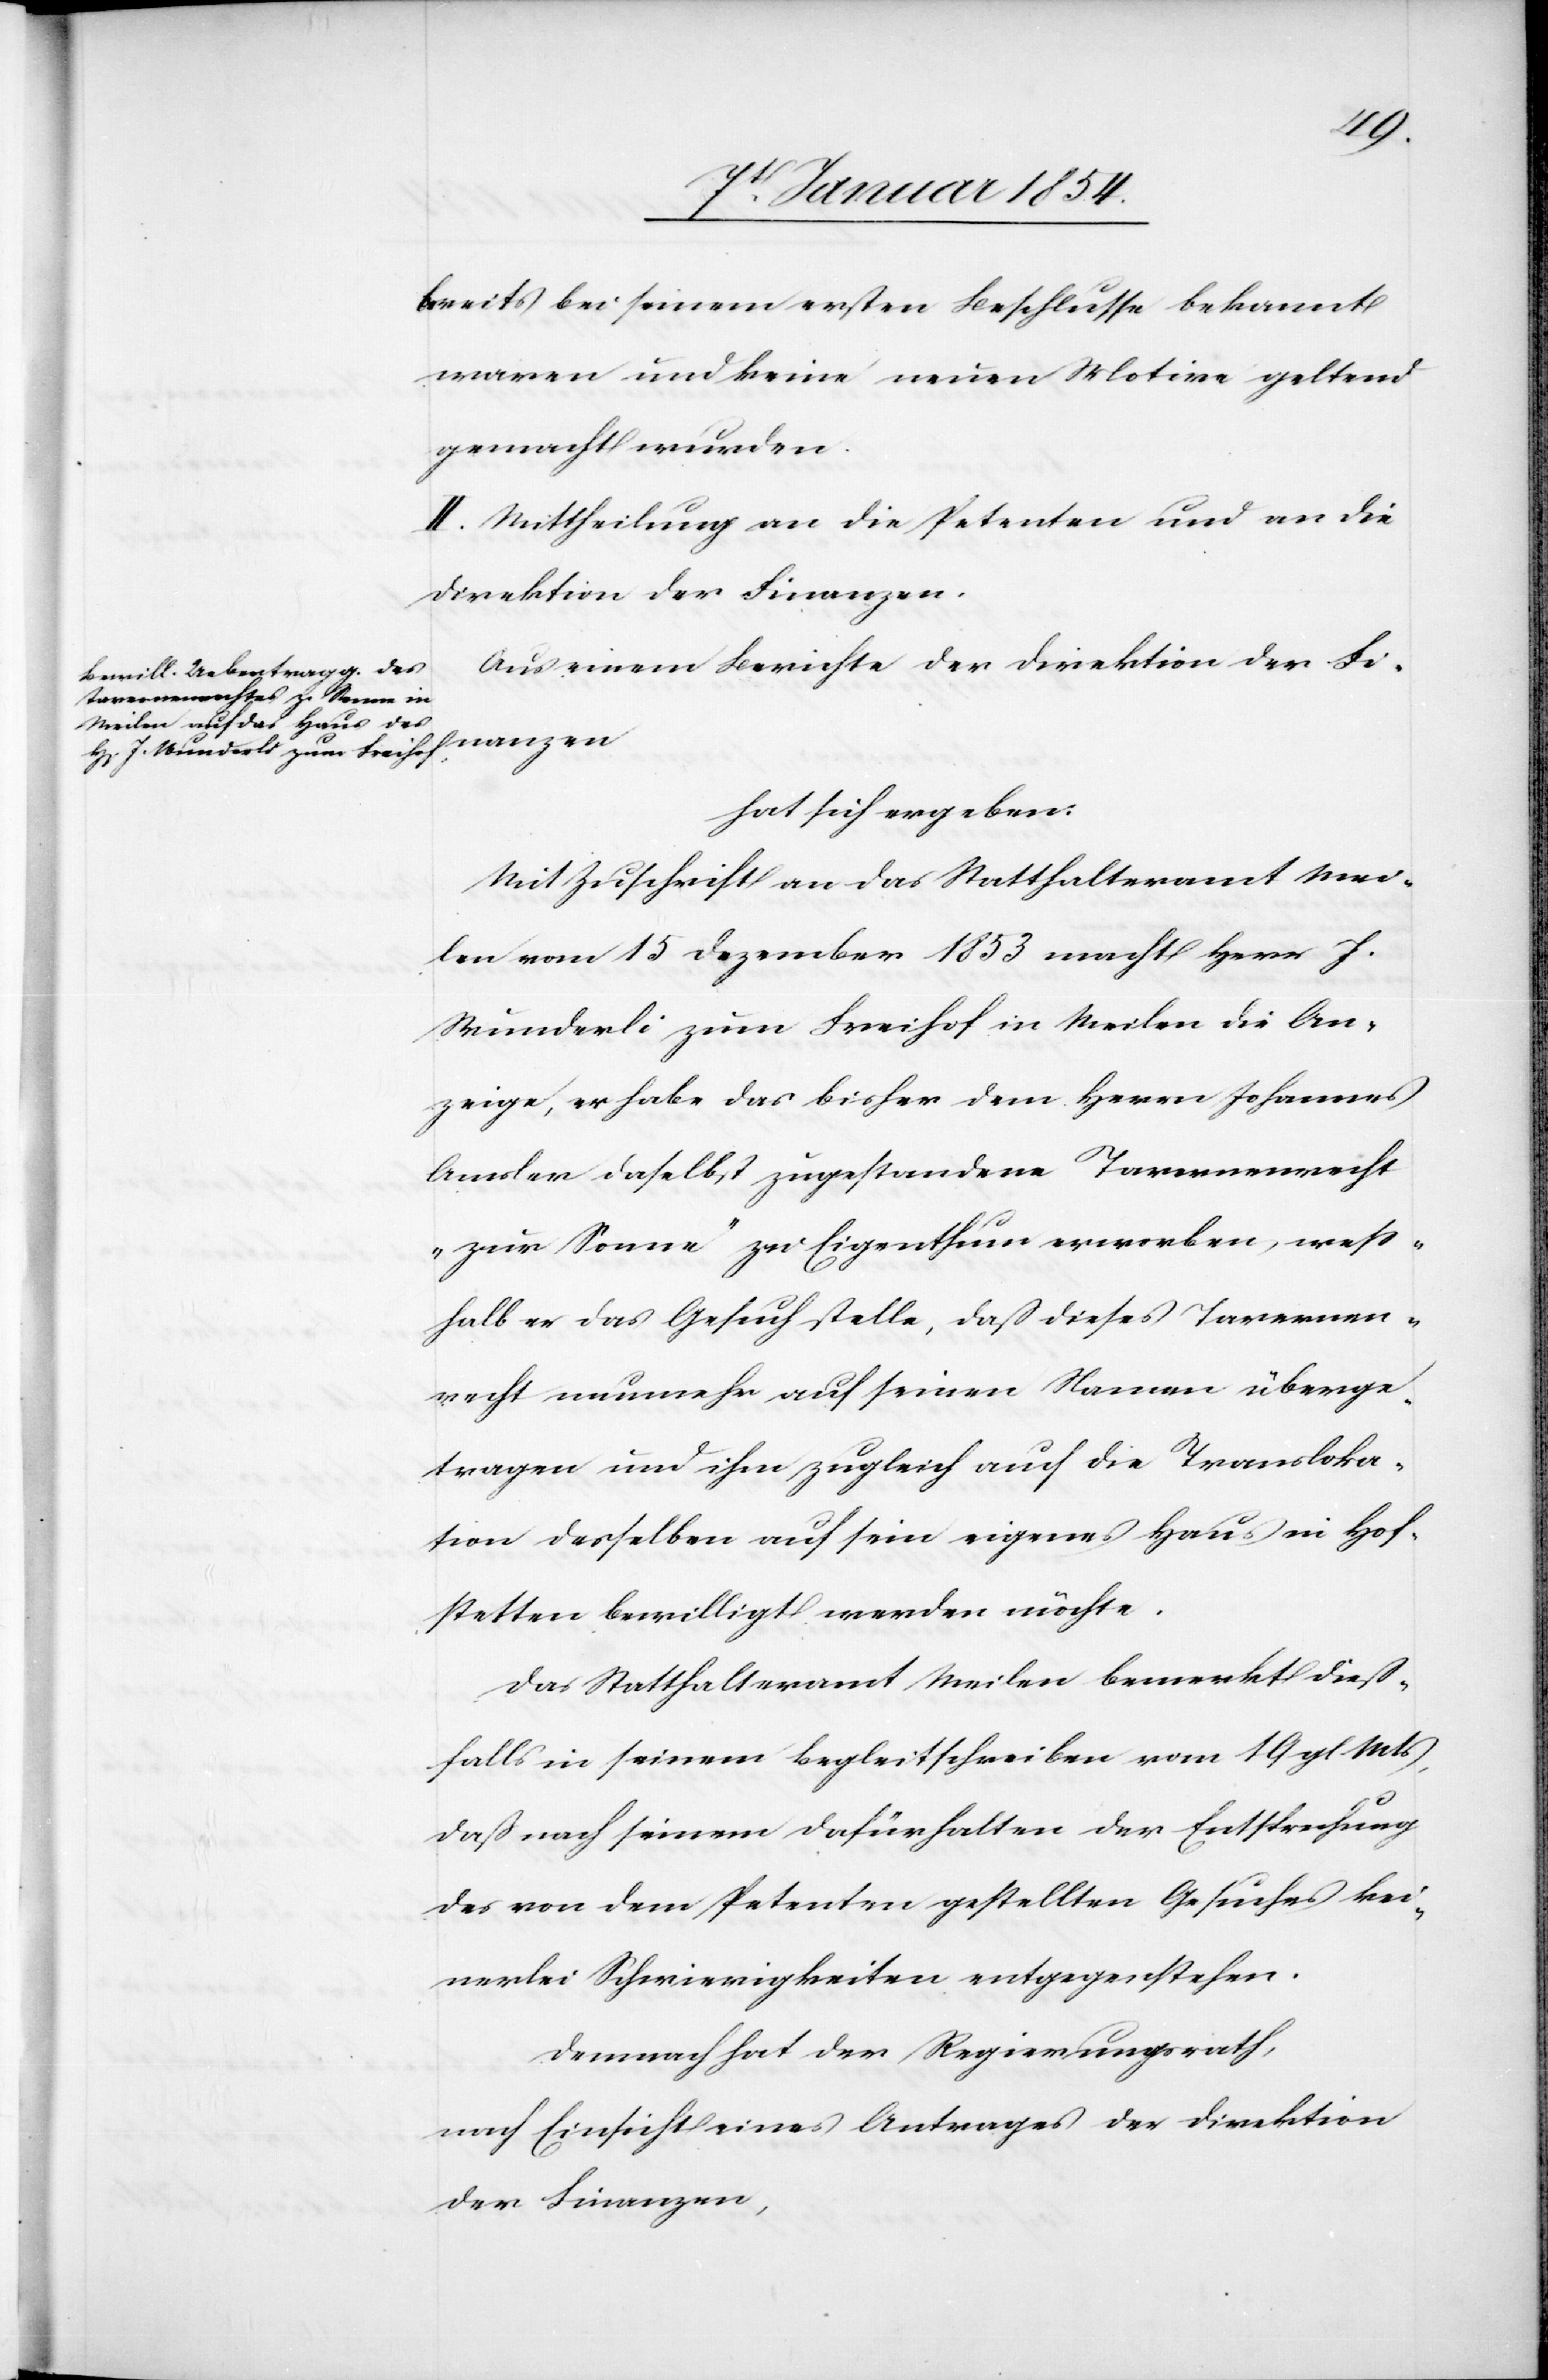
bereits bei seinem ersten Beschlusse bekannt
waren und keine neuen Motive geltend
gemacht wurden.
II. Mittheilung an die Petenten und an die
Direktion der Finanzen.
Aus einem Berichte der Direktion der Fi¬
nanzen
hat sich ergeben:
Mit Zuschrift an das Statthalteramt Mei¬
len vom 15 Dezember 1853 macht Herr J.
Wunderli zum Freihof in Meilen die An¬
zeige, er habe das bisher dem Herrn Johannes
Amsler daselbst zugestandene Tavernenrecht
„zur Sonne“ zu Eigenthum erworben, weß¬
halb er das Gesuch stelle, daß dieses Tavernen¬
recht nunmehr auf seinen Namen überge¬
tragen und ihm zugleich auch die Transloka¬
tion desselben auf sein eigenes Haus in Hof¬
stetten bewilligt werden möchte.
Das Statthalteramt Meilen bemerkt dieß¬
falls in seinem Begleitschreiben vom 19 gl. Mts,
daß nach seinem Dafürhalten der Entsprechung
des von dem Petenten gestellten Gesuches kei¬
nerlei Schwierigkeiten entgegenstehen.
Demnach hat der Regierungsrath,
nach Einsicht eines Antrages der Direktion
der Finanzen,